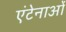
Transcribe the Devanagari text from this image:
एंटेनाओं